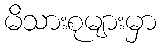
မိသားစုများမှာ